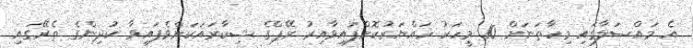
އެ މައްސަލާގައި މިހާތަނަށް 10 މީހަކު ހައްޔަރުކޮށްފައިވާއިރު ރޭޕްގެ ޝިކާރައަކަށްވެފައިވާ ކުދިންގެ ތެރޭގައި